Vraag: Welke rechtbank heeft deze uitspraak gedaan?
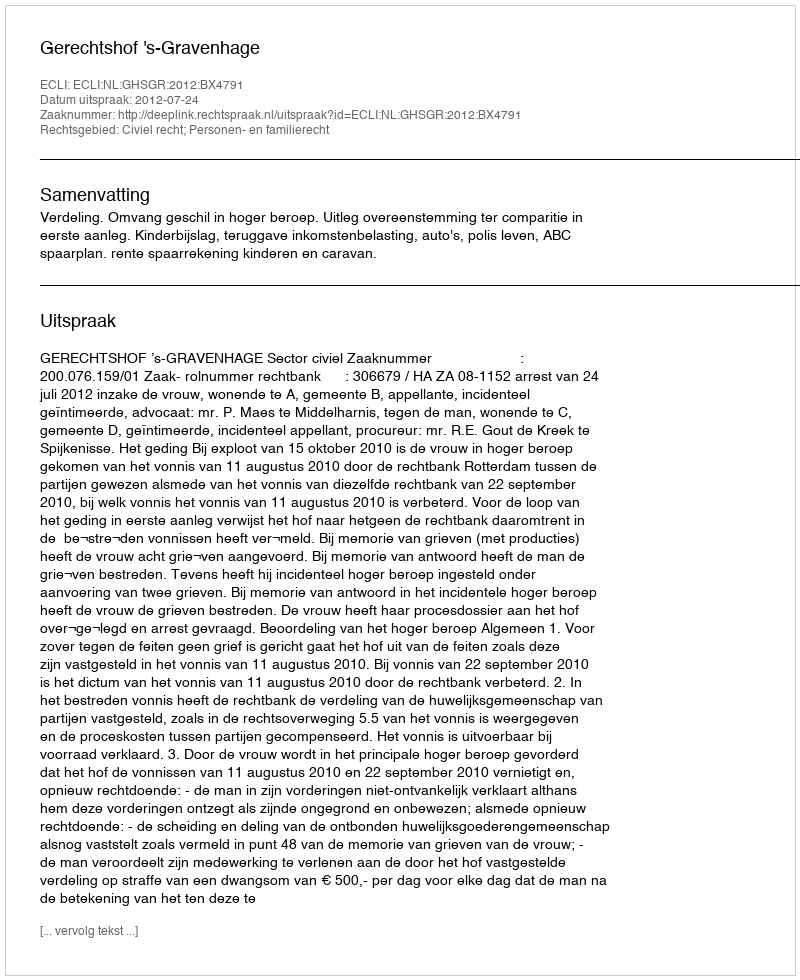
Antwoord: Gerechtshof 's-Gravenhage